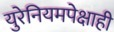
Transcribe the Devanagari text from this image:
युरेनियमपेक्षाही